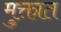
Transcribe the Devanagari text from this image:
मुक्तात